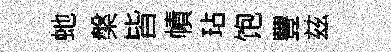
虵槃皆幘玷饱豐兹